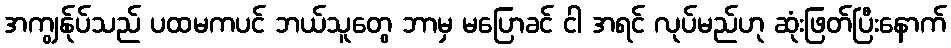
အကျွန်ုပ်သည် ပထမကပင် ဘယ်သူတွေ ဘာမှ မပြောခင် ငါ အရင် လုပ်မည်ဟု ဆုံးဖြတ်ပြီးနောက်